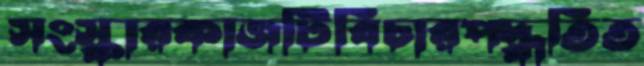
সংস্কারকাজটিবিচারপদ্ধতিত